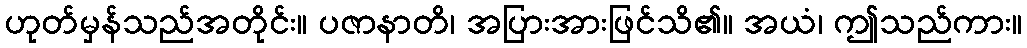
ဟုတ်မှန်သည်အတိုင်း။ ပဇာနာတိ၊ အပြားအားဖြင်သိ၏။ အယံ၊ ဤသည်ကား။